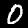
Digit: 0